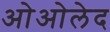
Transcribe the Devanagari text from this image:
ओओलेद